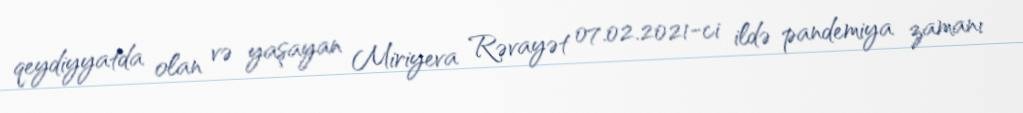
qeydiyyatda olan və yaşayan Miriyeva Rəvayət 07.02.2021-ci ildə pandemiya zamanı